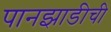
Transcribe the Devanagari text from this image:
पानझाडीची